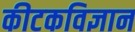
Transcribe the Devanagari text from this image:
कीटकविज्ञान